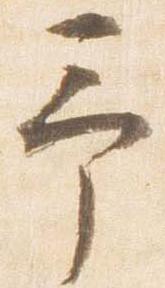
予